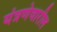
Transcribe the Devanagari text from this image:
यंत्रणेवारील